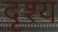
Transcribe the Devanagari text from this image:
दृश्‍य